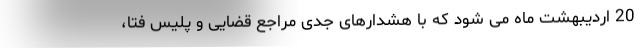
20 اردیبهشت ماه می شود که با هشدارهای جدی مراجع قضایی و پلیس فتا،